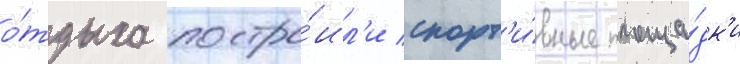
о́тдыха постро́ил'и спорт'и́вные площа́дк'и